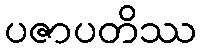
ပဇာပတိဿ